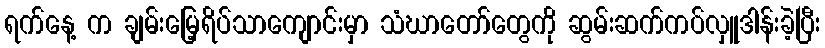
ရက်နေ့ က ချမ်းမြေ့ရိပ်သာကျောင်းမှာ သံဃာတော်တွေကို ဆွမ်းဆက်ကပ်လှူဒါန်းခဲ့ပြီး